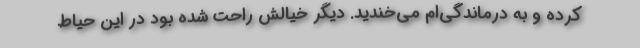
کرده و به درماندگی‌ام می‌خندید. دیگر خیالش راحت شده بود در این حیاط